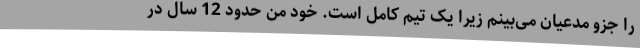
را جزو مدعیان می‌بینم زیرا یک تیم کامل است. خود من حدود 12 سال در